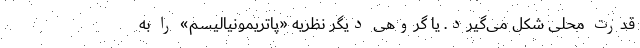
قدرت محلی شکل می‌گیرد. یا گروهی دیگر نظریه «پاتریمونیالیسم» را به